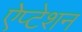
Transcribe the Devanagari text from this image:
ऐप्टेशन